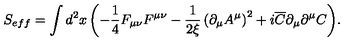
S _ { e f f } = \int { d ^ { 2 } x \left( { - \frac { 1 } { 4 } F _ { \mu \nu } F ^ { \mu \nu } - \frac { 1 } { { 2 \xi } } \left( { \partial _ { \mu } A ^ { \mu } } \right) ^ { 2 } + i \overline { C } \partial _ { \mu } \partial ^ { \mu } C } \right) } .